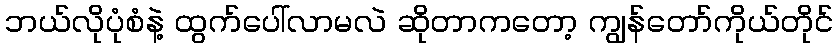
ဘယ်လိုပုံစံနဲ့ ထွက်ပေါ်လာမလဲ ဆိုတာကတော့ ကျွန်တော်ကိုယ်တိုင်